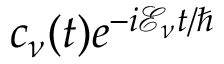
c _ { \nu } ( t ) e ^ { - i \mathcal { E } _ { \nu } t / \hbar }